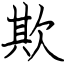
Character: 欺